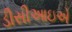
ડીસીઆઇએ